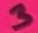
Text: 3